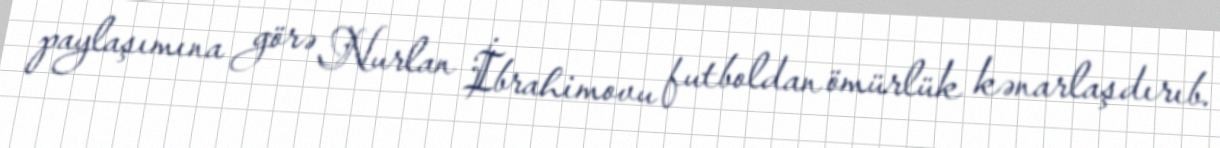
paylaşımına görə Nurlan İbrahimovu futboldan ömürlük kənarlaşdırıb.